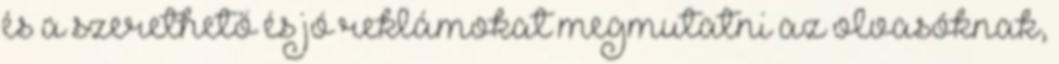
és a szerethető és jó reklámokat megmutatni az olvasóknak,